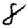
Digit: 8